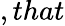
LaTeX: ,that